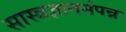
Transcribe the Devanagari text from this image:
सास्त्रज्ञानसंपन्न